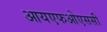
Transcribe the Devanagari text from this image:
आयएफओएससी